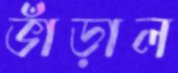
ভাঁড়াল